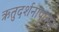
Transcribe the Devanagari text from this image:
ऋतुदर्शनापासुन